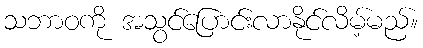
သဘာဝကို အသွင်ပြောင်းလာနိုင်လိမ့်မည်။